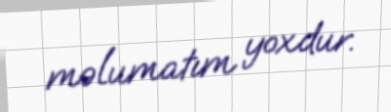
məlumatım yoxdur.